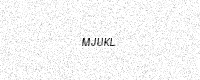
Text: MJUKL